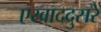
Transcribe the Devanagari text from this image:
एखाददुसरे